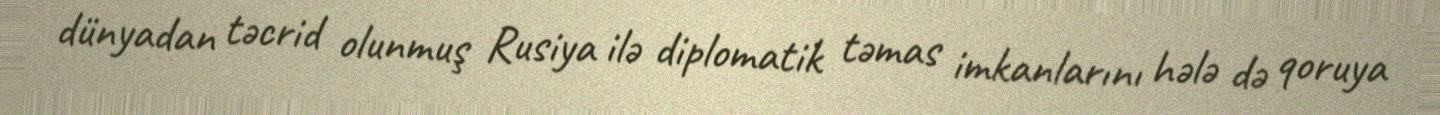
dünyadan təcrid olunmuş Rusiya ilə diplomatik təmas imkanlarını hələ də qoruya